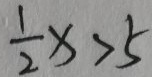
\frac { 1 } { 2 } x > 5